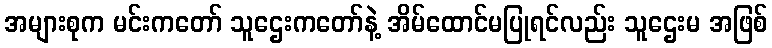
အများစုက မင်းကတော် သူဌေးကတော်နဲ့ အိမ်ထောင်မပြုရင်လည်း သူဌေးမ အဖြစ်